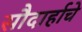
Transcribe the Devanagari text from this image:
सौदार्हाचे